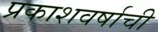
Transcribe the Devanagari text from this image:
प्रकाशवर्षाची